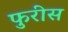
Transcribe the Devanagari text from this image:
फुरीस